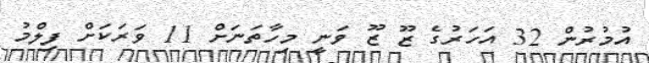
އުމުރުން 32 އަހަރުގެ ޒޫ ޒޫ ވަނީ މިހާތަނަށް 11 ވަރަކަށް ފިލްމު